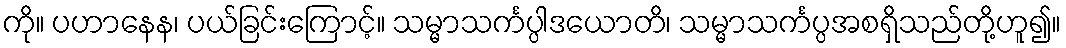
ကို။ ပဟာနေန၊ ပယ်ခြင်းကြောင့်။ သမ္မာသင်္ကပ္ပါဒယောတိ၊ သမ္မာသင်္ကပ္ပအစရှိသည်တို့ဟူ၍။